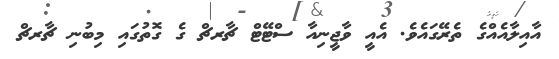
އާއިލާއެއްގެ ތެރޭގައެވެ. އެއީ ވާޖީނިއާ ސްޓޭޓް ޗާރޗް ގެ ގޮތުގައި މިބުނި ޗާރޗް